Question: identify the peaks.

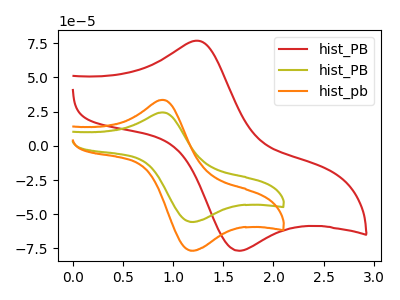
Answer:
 <answer>The red curve "hist_PB" has an anodic peak at (1.25V, 76.60uA) and a cathodic peak at (1.65V, -76.65uA). The olive curve "hist_PB" has an anodic peak at (0.90V, 24.35uA) and a cathodic peak at (1.20V, -55.55uA). The orange curve "hist_pb" has an anodic peak at (0.90V, 33.50uA) and a cathodic peak at (1.20V, -76.55uA).</answer>
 <eval></eval>